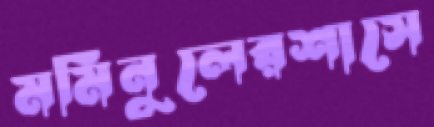
মমিনুলেরশাসে